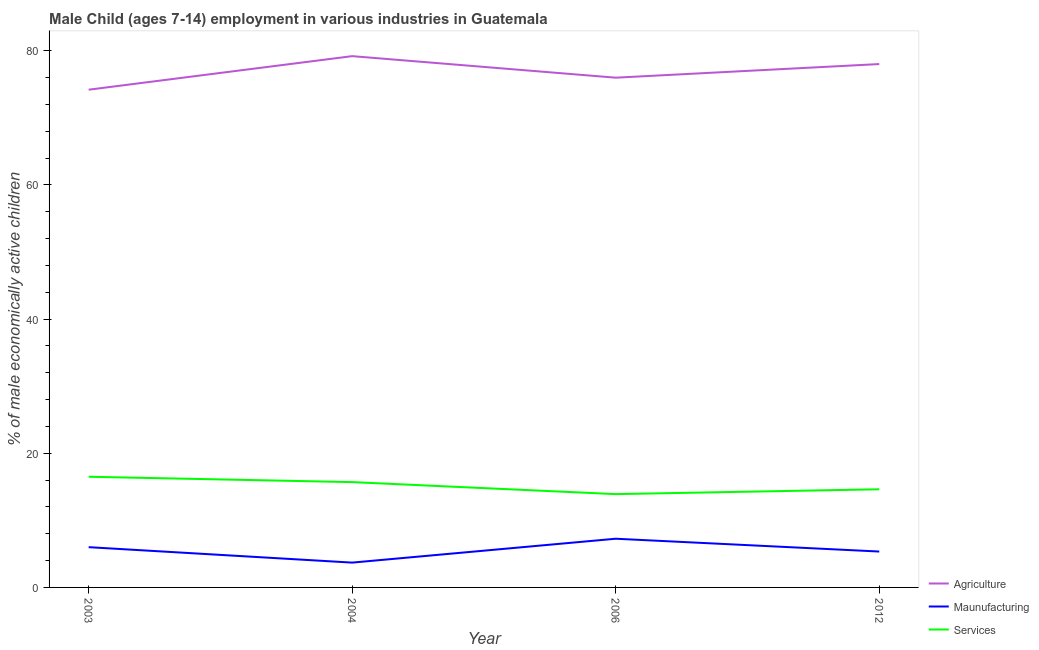
| Year | Agriculture | Maunufacturing | Services |
 | --- | --- | --- | --- |
 | 2003 | 74.2 | 6 | 16.5 |
 | 2004 | 79.2 | 3.7 | 15.7 |
 | 2006 | 76 | 7.26 | 13.9 |
 | 2012 | 78 | 5.35 | 14.6 |